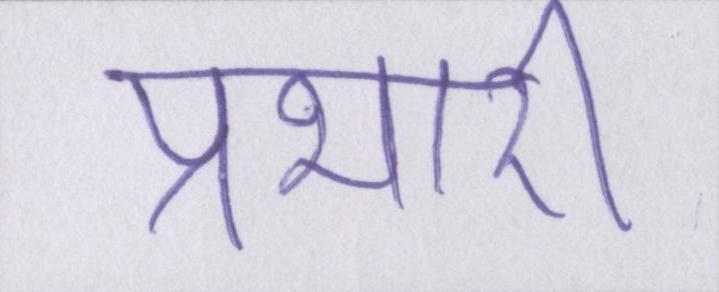
प्रभारी